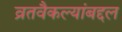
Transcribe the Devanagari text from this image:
व्रतवैकल्यांबद्दल